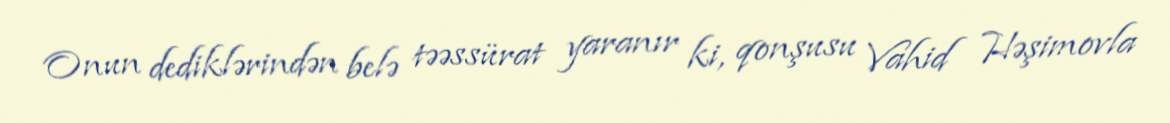
Onun dediklərindən belə təəssürat yaranır ki, qonşusu Vahid Həşimovla